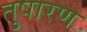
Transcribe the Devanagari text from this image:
तुषारण